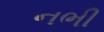
નભી